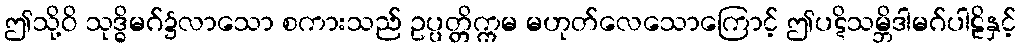
ဤသို့ဝိ သုဒ္ဓိမဂ်၌လာသော စကားသည် ဥပ္ပတ္တိက္ကမ မဟုတ်လေသောကြောင့် ဤပဋိသမ္ဘိဒါမဂ်ပါဠိနှင့်